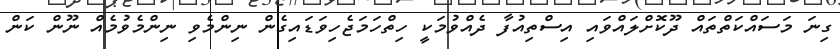
ގިނަ މަސައްކަތްތައް ދޫކޮށްލައްވައި އިސްތިއުފާ ދެއްވުމަކީީ ހިތްހަމަޖެހިވަޑައިގެން ނިންމެވި ނިންމެވުމެއް ނޫން ކަން